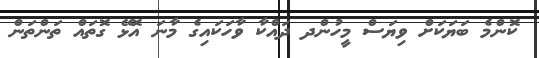
ކޮންމެ ބަޔަކަށް ވިޔަސް މީހުންދ ދައްކާ ވާހަކައިގެ މާނަ އޮޅޭ ގޮތައް ތަންތަން